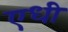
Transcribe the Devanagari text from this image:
एधी